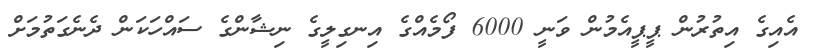
އެއިގެ އިތުރުން ޕީޕީއެމުން ވަނީ 6000 ފޯމެއްގެ އިނގިލީގެ ނިޝާންގެ ސައްހަކަން ދެނެގަތުމަށް